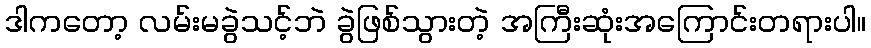
ဒါကတော့ လမ်းမခွဲသင့်ဘဲ ခွဲဖြစ်သွားတဲ့ အကြီးဆုံးအကြောင်းတရားပါ။